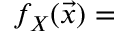
f _ { X } ( { \vec { x } } ) =